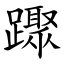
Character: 䠫